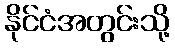
နိုင်ငံအတွင်းသို့